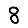
Digit: 8